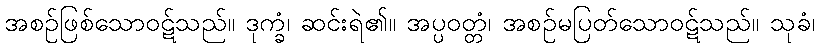
အစဉ်ဖြစ်သောဝဋ်သည်။ ဒုက္ခံ၊ ဆင်းရဲ၏။ အပ္ပဝတ္တံ၊ အစဉ်မပြတ်သောဝဋ်သည်။ သုခံ၊